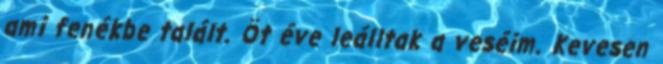
ami fenékbe talált. Öt éve leálltak a veséim. Kevesen